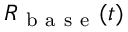
R _ { \mathrm { ~ b ~ a ~ s ~ e ~ } } ( t )